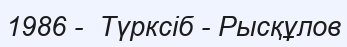
1986 -  Түрксіб - Рысқұлов